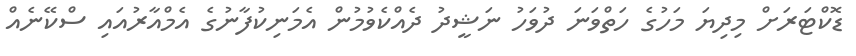
ޑޮކްޓަރަށް މިދިޔަ މަހުގެ ހަތްވަނަ ދުވަހު ނަޝީދު ދެއްކެވުމުން އެމަނިކުފާނުގެ އެމްއާރުއައި ސްކޭނެއް